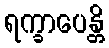
ရက္ခာပေန္တိ